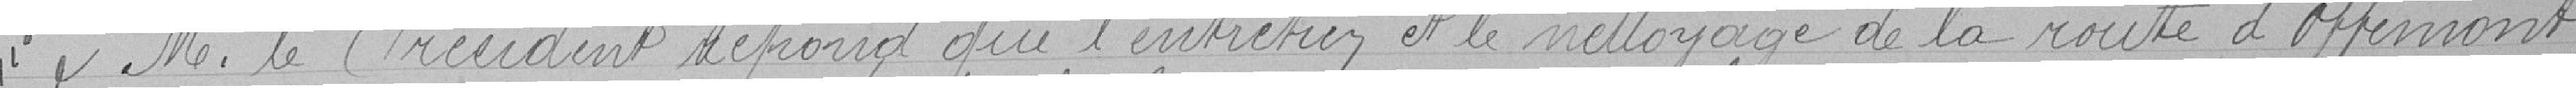
Monsieur le Président répond que l'entretien et le nettoyage de la route d'Offemont